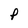
Character: P